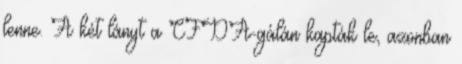
lenne. A két lányt a CFDA-gálán kapták le, azonban